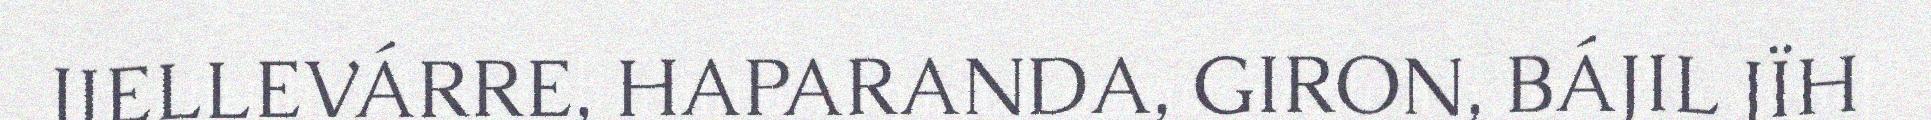
JIELLEVÁRRE, HAPARANDA, GIRON, BÁJIL JÏH